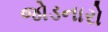
જોડનારો